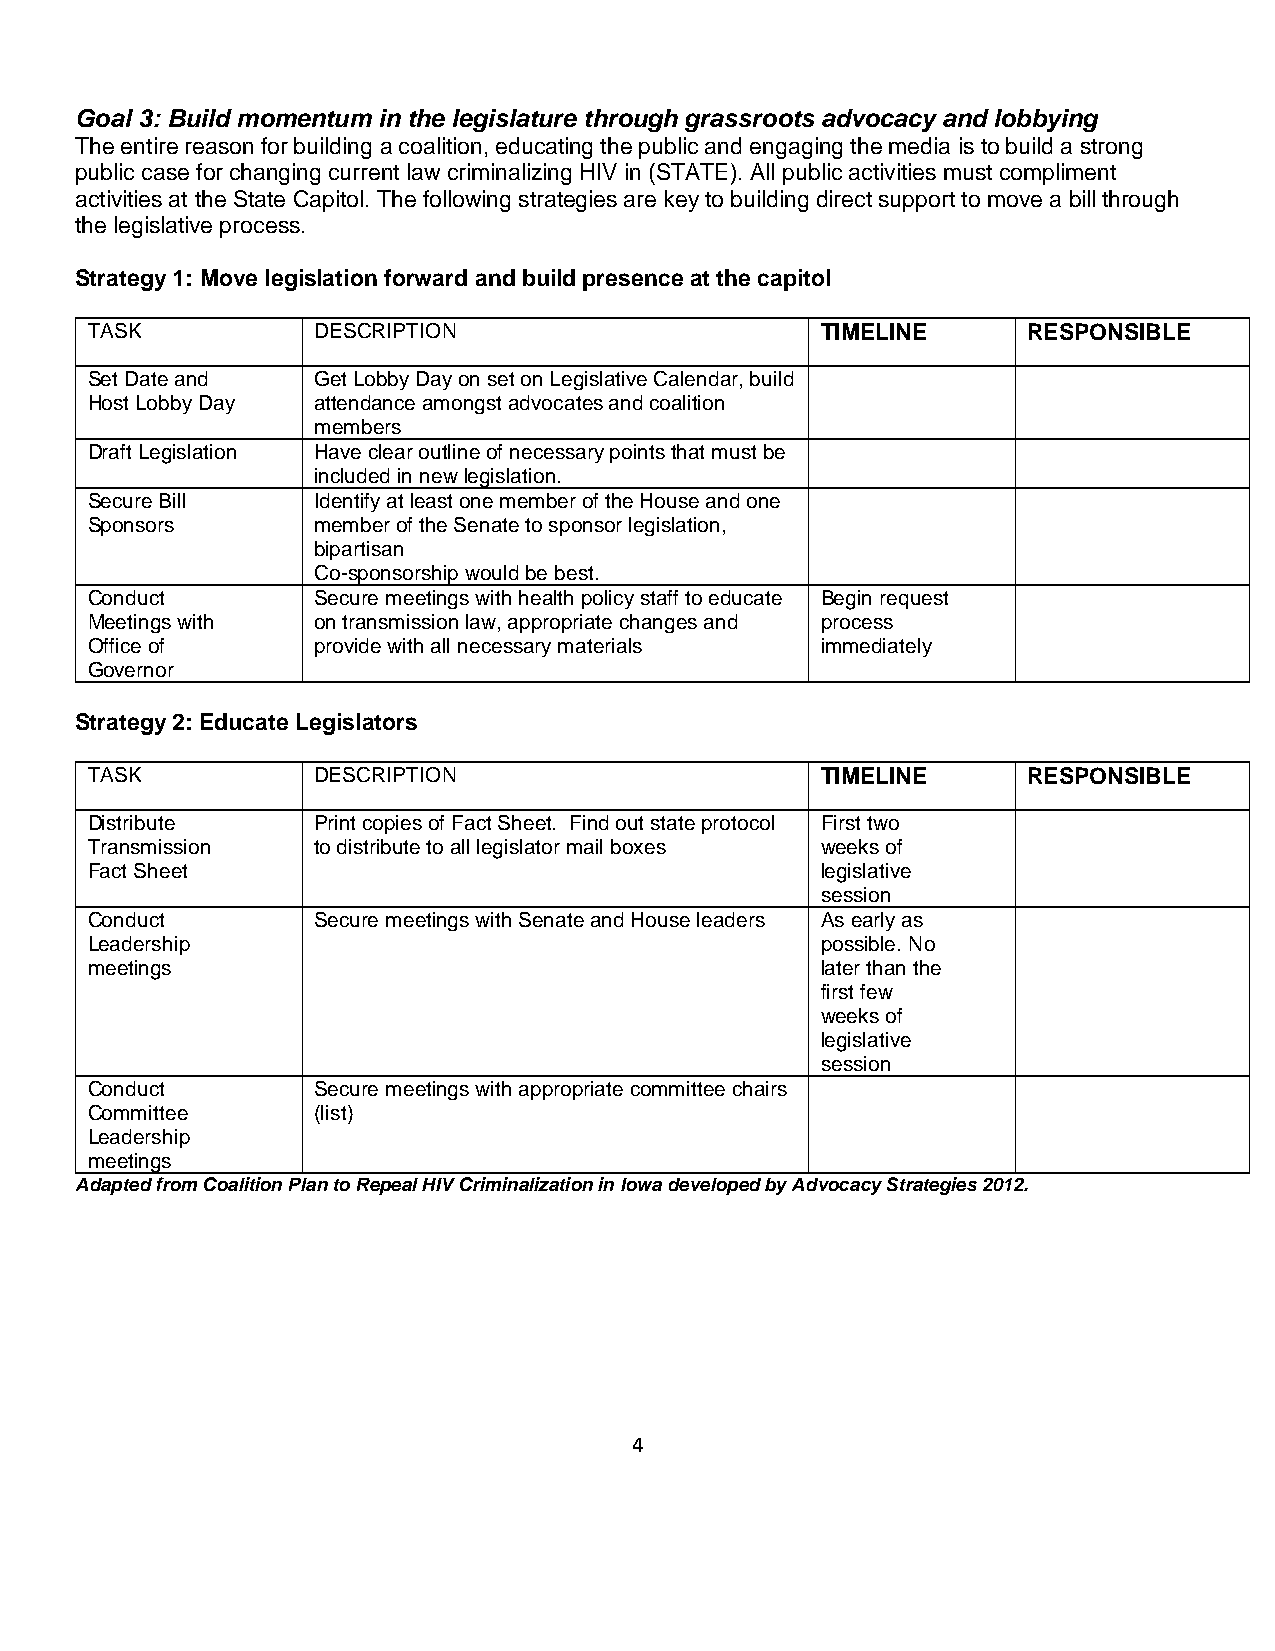
Goal 3: Build momentum in the legislature through grassroots advocacy and lobbying
 The entire reason for building a coalition, educating the public and engaging the media is to build a strong
 public case for changing current law criminalizing HIV in (STATE). All public activities must compliment
 activities at the State Capitol. The following strategies are key to building direct support to move a bill through
 the legislative process.
 Strategy 1: Move legislation forward and build presence at the capitol
 TASK           DESCRIPTION                      TIMELINE      RESPONSIBLE
 Set Date and   Get Lobby Day on set on Legislative Calendar, build
 Host Lobby Day attendance amongst advocates and coalition
 members
 Draft Legislation Have clear outline of necessary points that must be
 included in new legislation.
 Secure Bill    Identify at least one member of the House and one
 Sponsors       member of the Senate to sponsor legislation,
 bipartisan
 Co-sponsorship would be best.
 Conduct        Secure meetings with health policy staff to educate Begin request
 Meetings with  on transmission law, appropriate changes and process
 Office of      provide with all necessary materials immediately
 Governor
 Strategy 2: Educate Legislators
 TASK           DESCRIPTION                      TIMELINE      RESPONSIBLE
 Distribute     Print copies of Fact Sheet. Find out state protocol First two
 Transmission   to distribute to all legislator mail boxes weeks of
 Fact Sheet                                      legislative
 session
 Conduct        Secure meetings with Senate and House leaders As early as
 Leadership                                      possible. No
 meetings                                        later than the
 first few
 weeks of
 legislative
 session
 Conduct        Secure meetings with appropriate committee chairs
 Committee      (list)
 Leadership
 meetings
 Adapted from Coalition Plan to Repeal HIV Criminalization in Iowa developed by Advocacy Strategies 2012.
 4